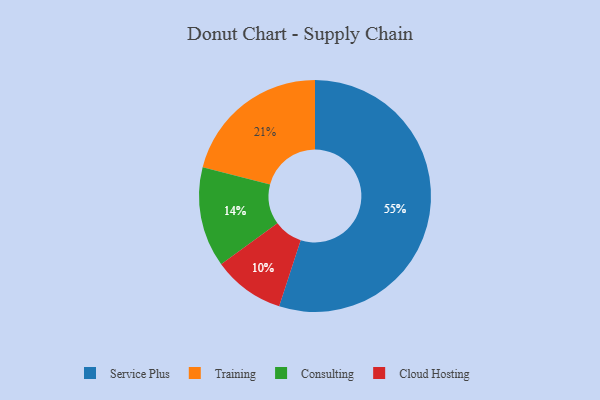
{"axis": {"x": "Category", "y": "Percentage"}, "legend": ["Cloud Hosting", "Consulting", "Service Plus", "Training"], "data": [{"x": "Consulting", "y": 14, "type": "Consulting"}, {"x": "Service Plus", "y": 55, "type": "Service Plus"}, {"x": "Training", "y": 21, "type": "Training"}, {"x": "Cloud Hosting", "y": 10, "type": "Cloud Hosting"}]}